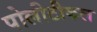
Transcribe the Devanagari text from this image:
पोलीटीकल